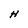
Character: H